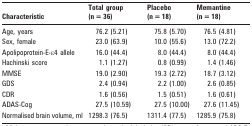
| Characteristic | Total group (n = 36) | Placebo (n = 18) | Memantine (n = 18) |
 | --- | --- | --- | --- |
 | Age, years | 76.2 (5.21) | 75.8 (5.70) | 76.5 (4.81) |
 | Sex, female | 23.0 (63.9) | 10.0 (55.6) | 13.0 (72.2) |
 | Apolipoprotein-E-ε4 allele | 16.0 (44.4) | 8.0 (44.4) | 8.0 (44.4) |
 | Hachinski score | 1.1 (1.27) | 0.8 (0.99) | 1.4 (1.46) |
 | MMSE | 19.0 (2.90) | 19.3 (2.72) | 18.7 (3.12) |
 | GDS | 2.4 (0.94) | 2.2 (1.00) | 2.6 (0.85) |
 | CDR | 1.6 (0.56) | 1.5 (0.51) | 1.6 (0.61) |
 | ADAS-Cog | 27.5 (10.59) | 27.5 (10.00) | 27.6 (11.45) |
 | Normalised brain volume, ml | 1298.3 (76.5) | 1311.4 (77.5) | 1285.9 (75.8) |